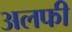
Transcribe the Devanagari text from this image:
अलफी